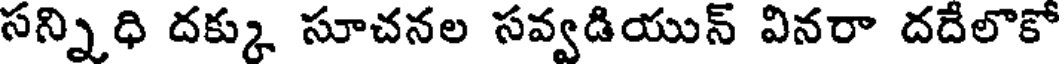
సన్నిధి దక్కు సూచనల సవ్వడియున్ వినరా దదేలొకో